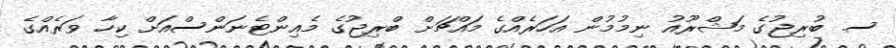
ސ. ބުރިޖުގެ މަޝްރޫއު ނިމުމުން އަހަރެއްގެ މައްޗަށް ބްރިޖުގެ މެއިންޓެނަންސްއަށް ކިހާ ވަރެއްގެ